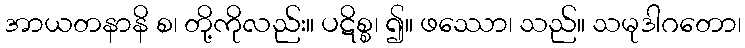
အာယတနာနိ စ၊ တို့ကိုလည်း။ ပဋိစ္စ၊ ၍။ ဖဿော၊ သည်။ သမုဒါဂတော၊